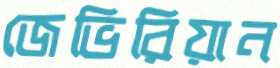
জেভিরিয়ান